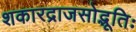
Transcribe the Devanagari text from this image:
शकारद्राजसोद्भूतिः